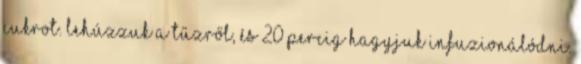
cukrot. Lehúzzuk a tűzről, és 20 percig hagyjuk infuzionálódni.